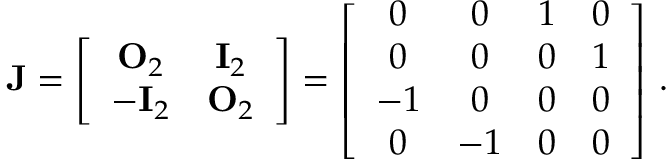
\mathbf { J } = \left[ \begin{array} { c c } { \mathbf { O } _ { 2 } } & { \mathbf { I } _ { 2 } } \\ { - \mathbf { I } _ { 2 } } & { \mathbf { O } _ { 2 } } \end{array} \right] = \left[ \begin{array} { c c c c } { 0 } & { 0 } & { 1 } & { 0 } \\ { 0 } & { 0 } & { 0 } & { 1 } \\ { - 1 } & { 0 } & { 0 } & { 0 } \\ { 0 } & { - 1 } & { 0 } & { 0 } \end{array} \right] \, .